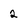
Character: 2